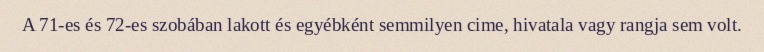
A 71-es és 72-es szobában lakott és egyébként semmilyen cime, hivatala vagy rangja sem volt.